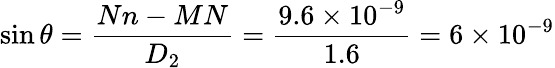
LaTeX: \sin\theta=\frac{Nn-MN}{D_{2}}=\frac{9.6\times 10^{-9}}{1.6}=6\times 10^{-9}